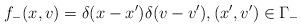
LaTeX: \begin{align*} f_-(x,v) = \delta (x-x') \delta (v-v'), (x',v') \in \Gamma_-\end{align*}